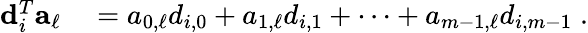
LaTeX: \begin{array}{rl}{{\mathbf d}_{i}^{T}{\mathbf a}_{\ell}}&{{}=a_{0,\ell}d_{i,0}+a_{1,\ell}d_{i,1}+\cdots+a_{m-1,\ell}d_{i,m-1}\; .}\end{array}